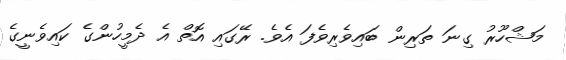
މަޝްހޫރު ގިނަ ތަރިން ބައިވެރިވެފަ އެވެ. ރޭގައި އޮތް އެ ދެމީހުންގެ ކައިވެނީގެ